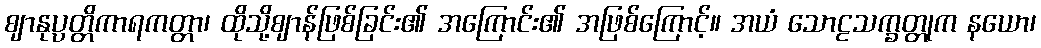
ဈာနုပ္ပတ္တိကာရကတ္တာ၊ ထိုသို့ဈာန်ဖြစ်ခြင်း၏ အကြောင်း၏ အဖြစ်ကြောင့်။ အယံ သောဠသက္ခတ္တုက နယော၊